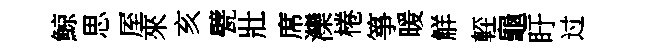
鯨思厔來亥甓壯席灤棬箏暖觧䡖龜盱过